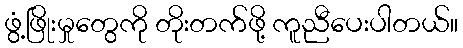
ဖွံ့ဖြိုးမှုတွေကို တိုးတက်ဖို့ ကူညီပေးပါတယ်။